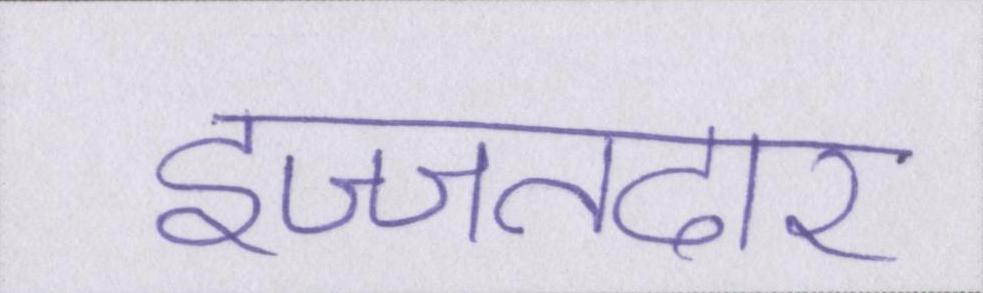
इज्जतदार